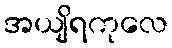
အယျိရကုလေ